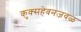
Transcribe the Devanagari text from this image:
कुक्सहेवनजवळ